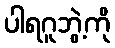
ပါရဂူဘွဲ့ကို